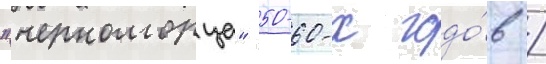
"черноморца" 50-60-х годо́в /